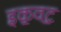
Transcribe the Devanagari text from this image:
इक॒वट॒